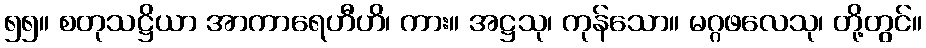
၅၅။ စတုသဋ္ဌိယာ အာကာရေဟီဟိ၊ ကား။ အဋ္ဌသု၊ ကုန်သော။ မဂ္ဂဖလေသု၊ တို့တွင်။